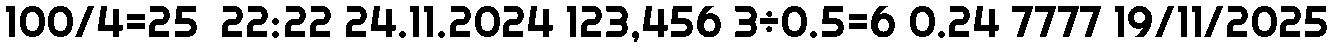
100/4=25  22:22 24.11.2024 123,456 3÷0.5=6 0.24 7777 19/11/2025